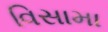
વિસામા